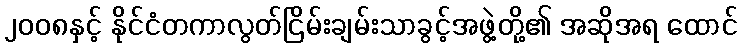
၂၀၀၈နှင့် နိုင်ငံတကာလွတ်ငြိမ်းချမ်းသာခွင့်အဖွဲ့တို့၏ အဆိုအရ ထောင်